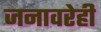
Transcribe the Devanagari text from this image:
जनावरेही